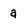
Character: a